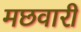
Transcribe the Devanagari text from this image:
मछवारी